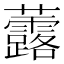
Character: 虂